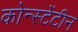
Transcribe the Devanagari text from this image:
कोन्स्टेंटीन